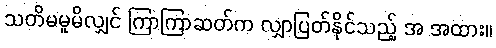
သတိမမူမိလျှင် ကြာကြာဆတ်က လျှာပြတ်နိုင်သည့် အ အထား။